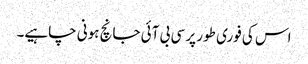
اس کی فوری طور پر سی بی آئی جانچ ہونی چاہیے۔